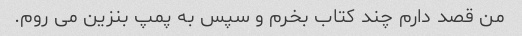
من قصد دارم چند کتاب بخرم و سپس به پمپ بنزین می روم.